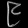
Digit: ၉